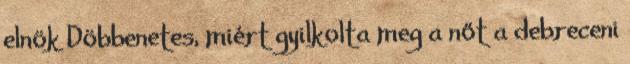
elnök Döbbenetes, miért gyilkolta meg a nőt a debreceni